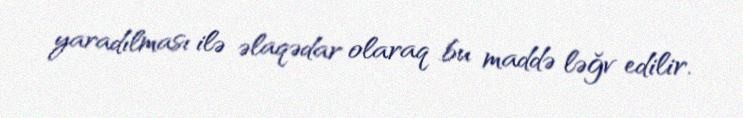
yaradılması ilə əlaqədar olaraq bu maddə ləğv edilir.